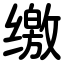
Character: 缴